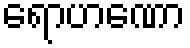
ရောဟဏော